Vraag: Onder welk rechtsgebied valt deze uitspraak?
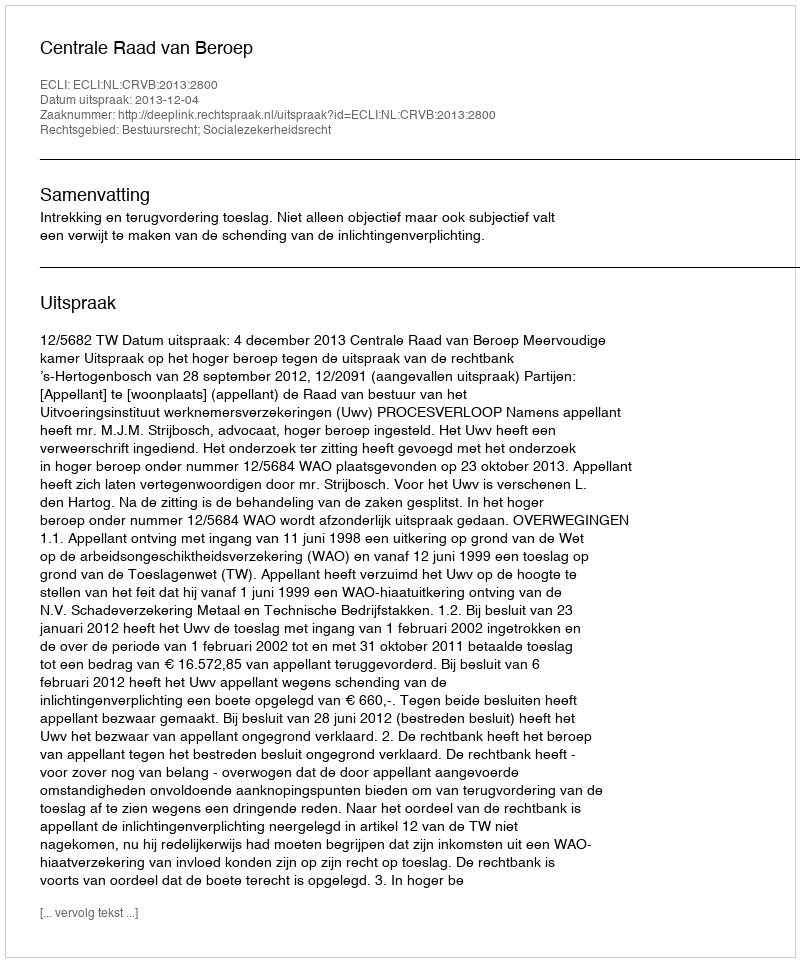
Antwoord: Bestuursrecht; Socialezekerheidsrecht